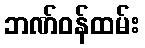
ဘဏ်ဝန်ထမ်း